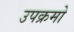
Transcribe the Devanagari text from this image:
उपक्रमो